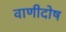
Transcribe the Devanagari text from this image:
वाणीदोष